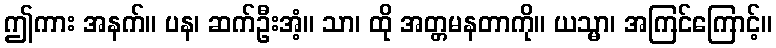
ဤကား အနက်။ ပန၊ ဆက်ဦးအံ့။ သာ၊ ထို အတ္တမနတာကို။ ယသ္မာ၊ အကြင်ကြောင့်။